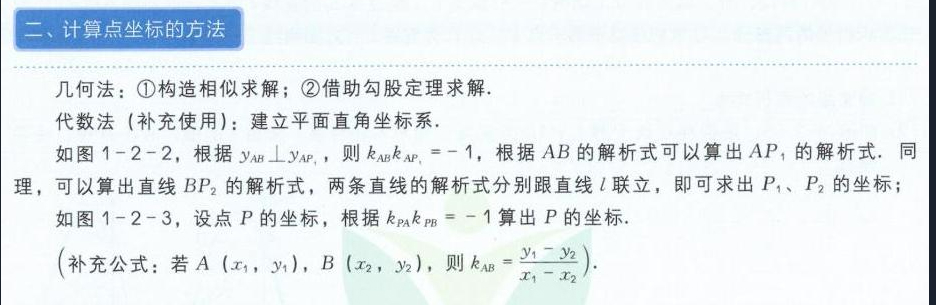
二、计算点坐标的方法
几何法：\textcircled{1}构造相似求解；\textcircled{2}借助勾股定理求解.
代数法 (补充使用)：建立平面直角坐标系.
如图1 - 2 - 2，根据\(y_{AB}\perp y_{AP_1}\)，则\(k_{AB}k_{AP_1}=- 1\)，根据\(AB\)的解析式可以算出\(AP_{1}\)的解析式. 同理，可以算出直线\(BP_{2}\)的解析式，两条直线的解析式分别跟直线\(l\)联立，即可求出\(P_{1}\)、\(P_{2}\)的坐标；
如图1 - 2 - 3，设点\(P\)的坐标，根据\(k_{PA}k_{PB}=-1\)算出\(P\)的坐标.
\((\)补充公式：若\(A\ (x_{1},y_{1})\)，\(B\ (x_{2},y_{2})\)，则\(k_{AB}=\frac{y_{1}-y_{2}}{x_{1}-x_{2}}).\)